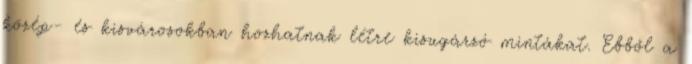
közép- és kisvárosokban hozhatnak létre kisugárzó mintákat. Ebből a